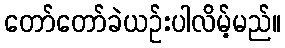
တော်တော်ခဲယဉ်းပါလိမ့်မည်။